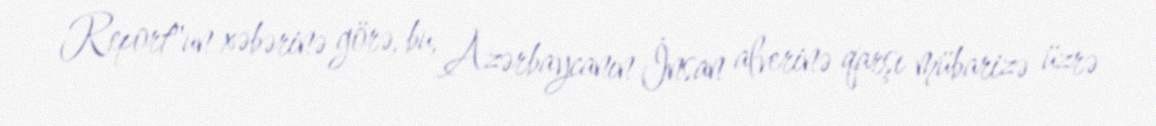
Report"un xəbərinə görə, bu, Azərbaycanın İnsan alverinə qarşı mübarizə üzrə